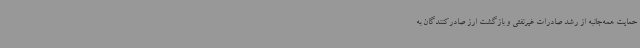
حمایت همه‌جانبه از رشد صادرات غیرنفتی و بازگشت ارز صادرکنندگان به